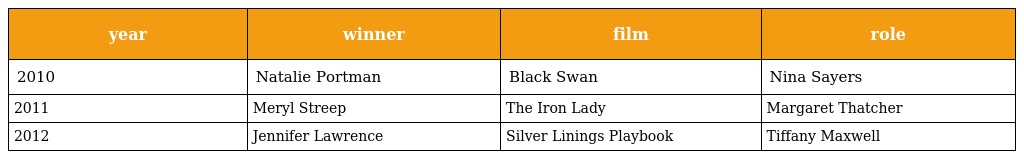
| year | winner | film | role |
 | --- | --- | --- | --- |
 | 2010 | Natalie Portman | Black Swan | Nina Sayers |
 | 2011 | Meryl Streep | The Iron Lady | Margaret Thatcher |
 | 2012 | Jennifer Lawrence | Silver Linings Playbook | Tiffany Maxwell |